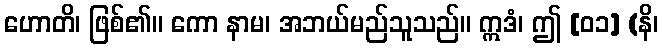
ဟောတိ၊ ဖြစ်၏။ ကော နာမ၊ အဘယ်မည်သူသည်။ ဣဒံ၊ ဤ [၀၁] (နိ၊